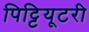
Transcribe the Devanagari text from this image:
पिट्टियूटरी